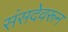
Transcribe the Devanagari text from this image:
संसदेवरून